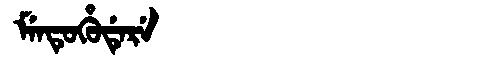
Manchu: ᠮᡝᠨᡨᡠᡥᡠᡩᡝᡵᡝ
Romanization: MENTUHUDERE